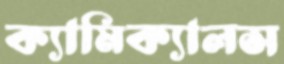
ক্যামিক্যালস